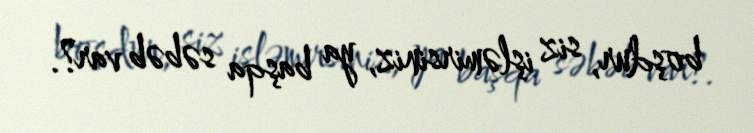
boşdur, siz işləmirsiniz, ya başqa səbəb var?.